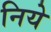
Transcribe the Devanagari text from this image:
निये